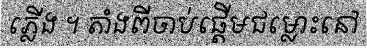
ភ្លើង ។ តាំងពីចាប់ផ្តើមជម្លោះនៅ